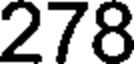
278